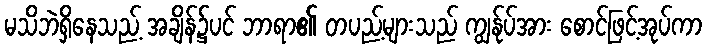
မသိဘဲရှိနေသည့် အချိန်၌ပင် ဘာရာ၏ တပည့်များသည် ကျွန်ုပ်အား စောင်ဖြင့်အုပ်ကာ